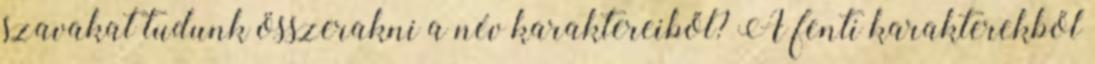
szavakat tudunk összerakni a név karaktereiből? A fenti karakterekből